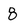
Character: 8